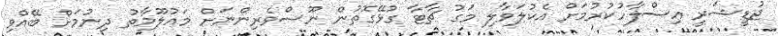
ޖުޑީޝަރީ އިސްލާހުކުރުމަށް އެކުލަވާލި މަގު ޗާޓާ ގުޅޭގޮތުން ނޫސްވެރިންނަށް މައުލޫމާތު ދިނުމަށް ބޭއްވި